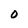
Character: 0